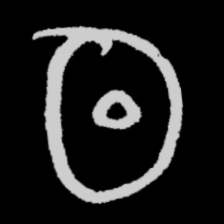
Pyu character \u2014 Myanmar letter: ထ (romanized: tha)